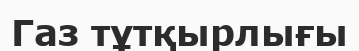
Газ тұтқырлығы